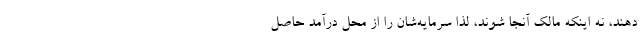
دهند، نه اینکه مالک آنجا شوند، لذا سرمایه‌شان را از محل درآمد حاصل